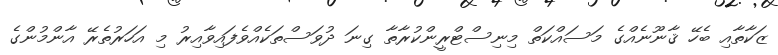
ޒަކާތާއި ބެހޭ ޤާނޫނެއްގެ މަސައްކަތް މިނިސްޓްރީންކުރާތާ ގިނަ ދުވަސްތަކެއްވެފައިވާއިރު މި އަހަރުތެރޭ އާންމުންގެ